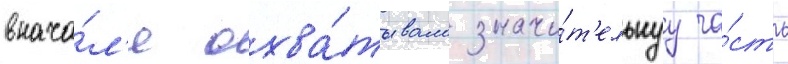
внача́л'е охва́тывало значи́т'ельнуу ча́сть